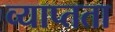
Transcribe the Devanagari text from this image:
व्याप्तता